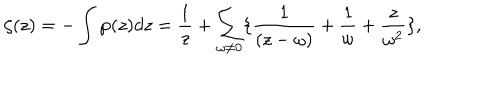
\zeta ( z ) = - \int \wp ( z ) d z = \frac { 1 } { z } + \sum _ { \omega \neq 0 } \{ \frac { 1 } { ( z - \omega ) } + \frac { 1 } { \omega } + \frac { z } { \omega ^ { 2 } } \} ,